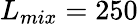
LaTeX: L_{mix}=250